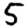
Digit: 5